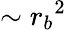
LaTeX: \sim{{r_{b}}^{2}}